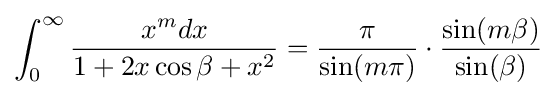
\int _{0}^{\infty }{\frac {x^{m}dx}{1+2x\cos \beta +x^{2}}}={\frac {\pi }{\sin(m\pi )}}\cdot {\frac {\sin(m\beta )}{\sin(\beta )}}